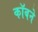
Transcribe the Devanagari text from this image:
कॉबने